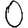
Digit: 0